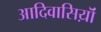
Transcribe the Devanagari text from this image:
आदिवासिय़ॊं